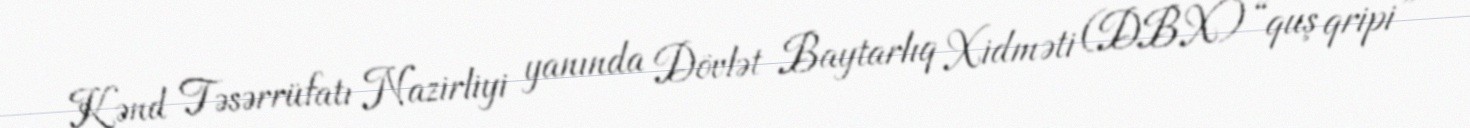
Kənd Təsərrüfatı Nazirliyi yanında Dövlət Baytarlıq Xidməti (DBX) “quş qripi”